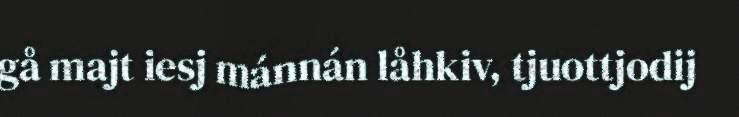
gå majt iesj mánnán låhkiv, tjuottjodij